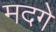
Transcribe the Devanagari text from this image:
मदगे